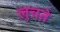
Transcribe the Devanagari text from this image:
लुचते